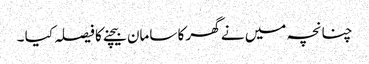
چنانچہ میں نے گھر کا سامان بیچنے کا فیصلہ کیا ۔